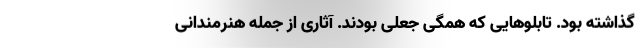
گذاشته بود. تابلوهایی که همگی جعلی بودند. آثاری از جمله هنرمندانی